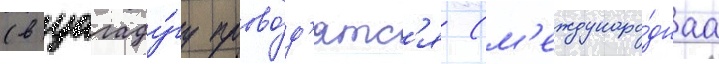
(в уагаду́гу прово́д'ятс'я (м'еждунаро́днаа